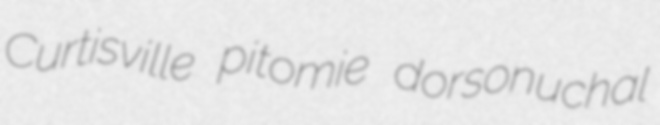
Curtisville pitomie dorsonuchal